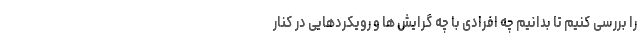
را بررسی کنیم تا بدانیم چه افرادی با چه گرایش ها و رویکردهایی در کنار